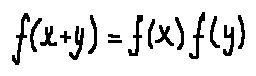
f ( x + y ) = f ( x ) f ( y )